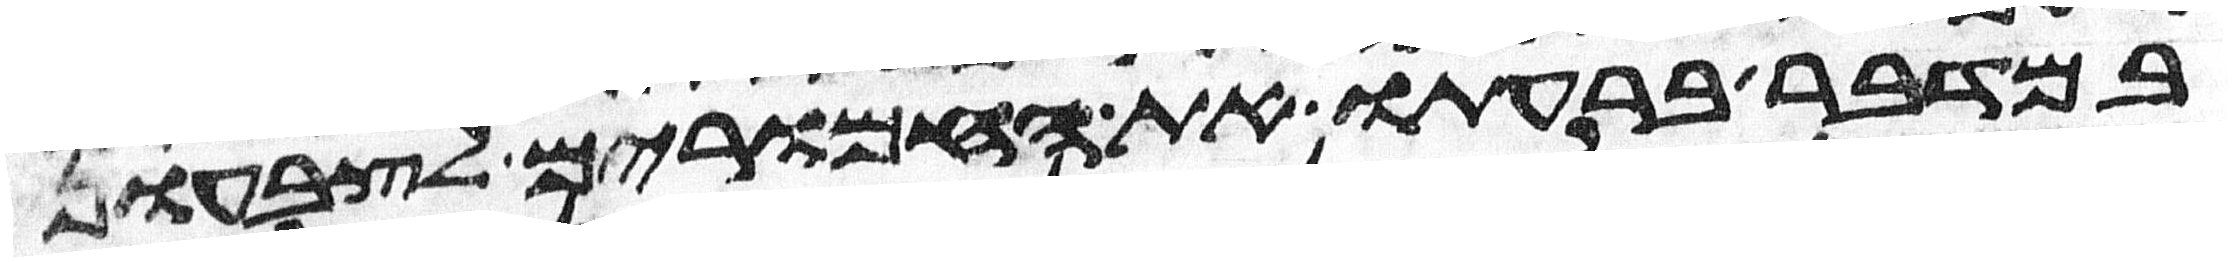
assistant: במדבר ברעתו את החמרים לצבעון